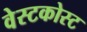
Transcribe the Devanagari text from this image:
वेस्टकोस्ट